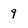
Character: 9